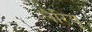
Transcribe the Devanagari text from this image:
लैरियू